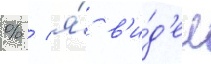
% / я́ в'и́д'ел